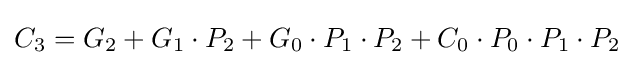
C_{3}=G_{2}+G_{1}\cdot P_{2}+G_{0}\cdot P_{1}\cdot P_{2}+C_{0}\cdot P_{0}\cdot P_{1}\cdot P_{2}